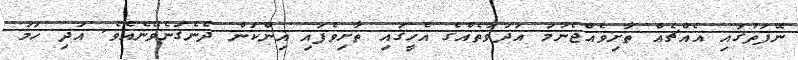
ނޭފަތުގައި އެއްޗެއް ތާށިވެއްޖެނަމަ އަދަވާތެއްގެ އެހީގައި ތާށިވެފައި އިންކަން ދެނެގަނެވޭނެއެވެ. އަދި ހަމަ